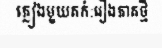
ភ្លៀងមួយតក់:រឿងភាគថ្មី